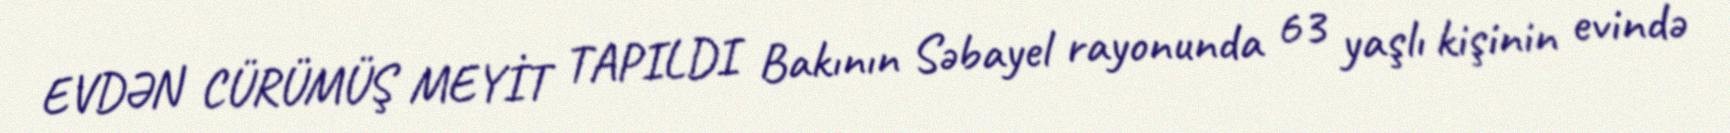
EVDƏN CÜRÜMÜŞ MEYİT TAPILDI Bakının Səbayel rayonunda 63 yaşlı kişinin evində